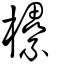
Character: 欙